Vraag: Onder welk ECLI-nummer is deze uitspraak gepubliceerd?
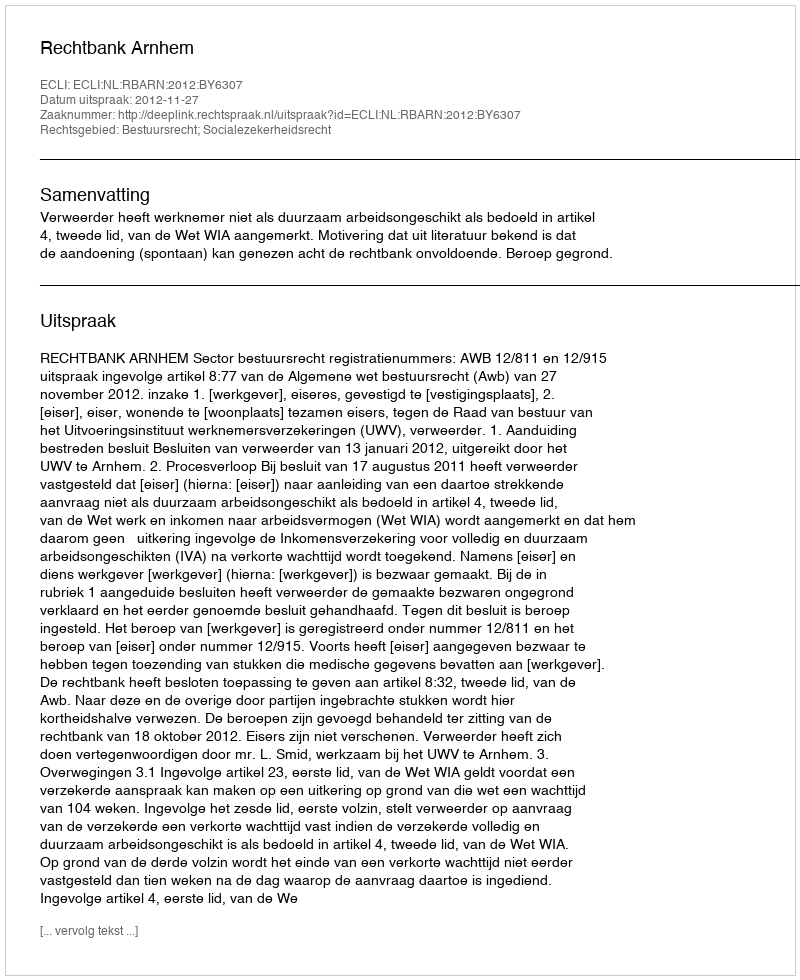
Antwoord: ECLI:NL:RBARN:2012:BY6307